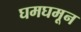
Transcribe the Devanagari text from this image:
घमघमून